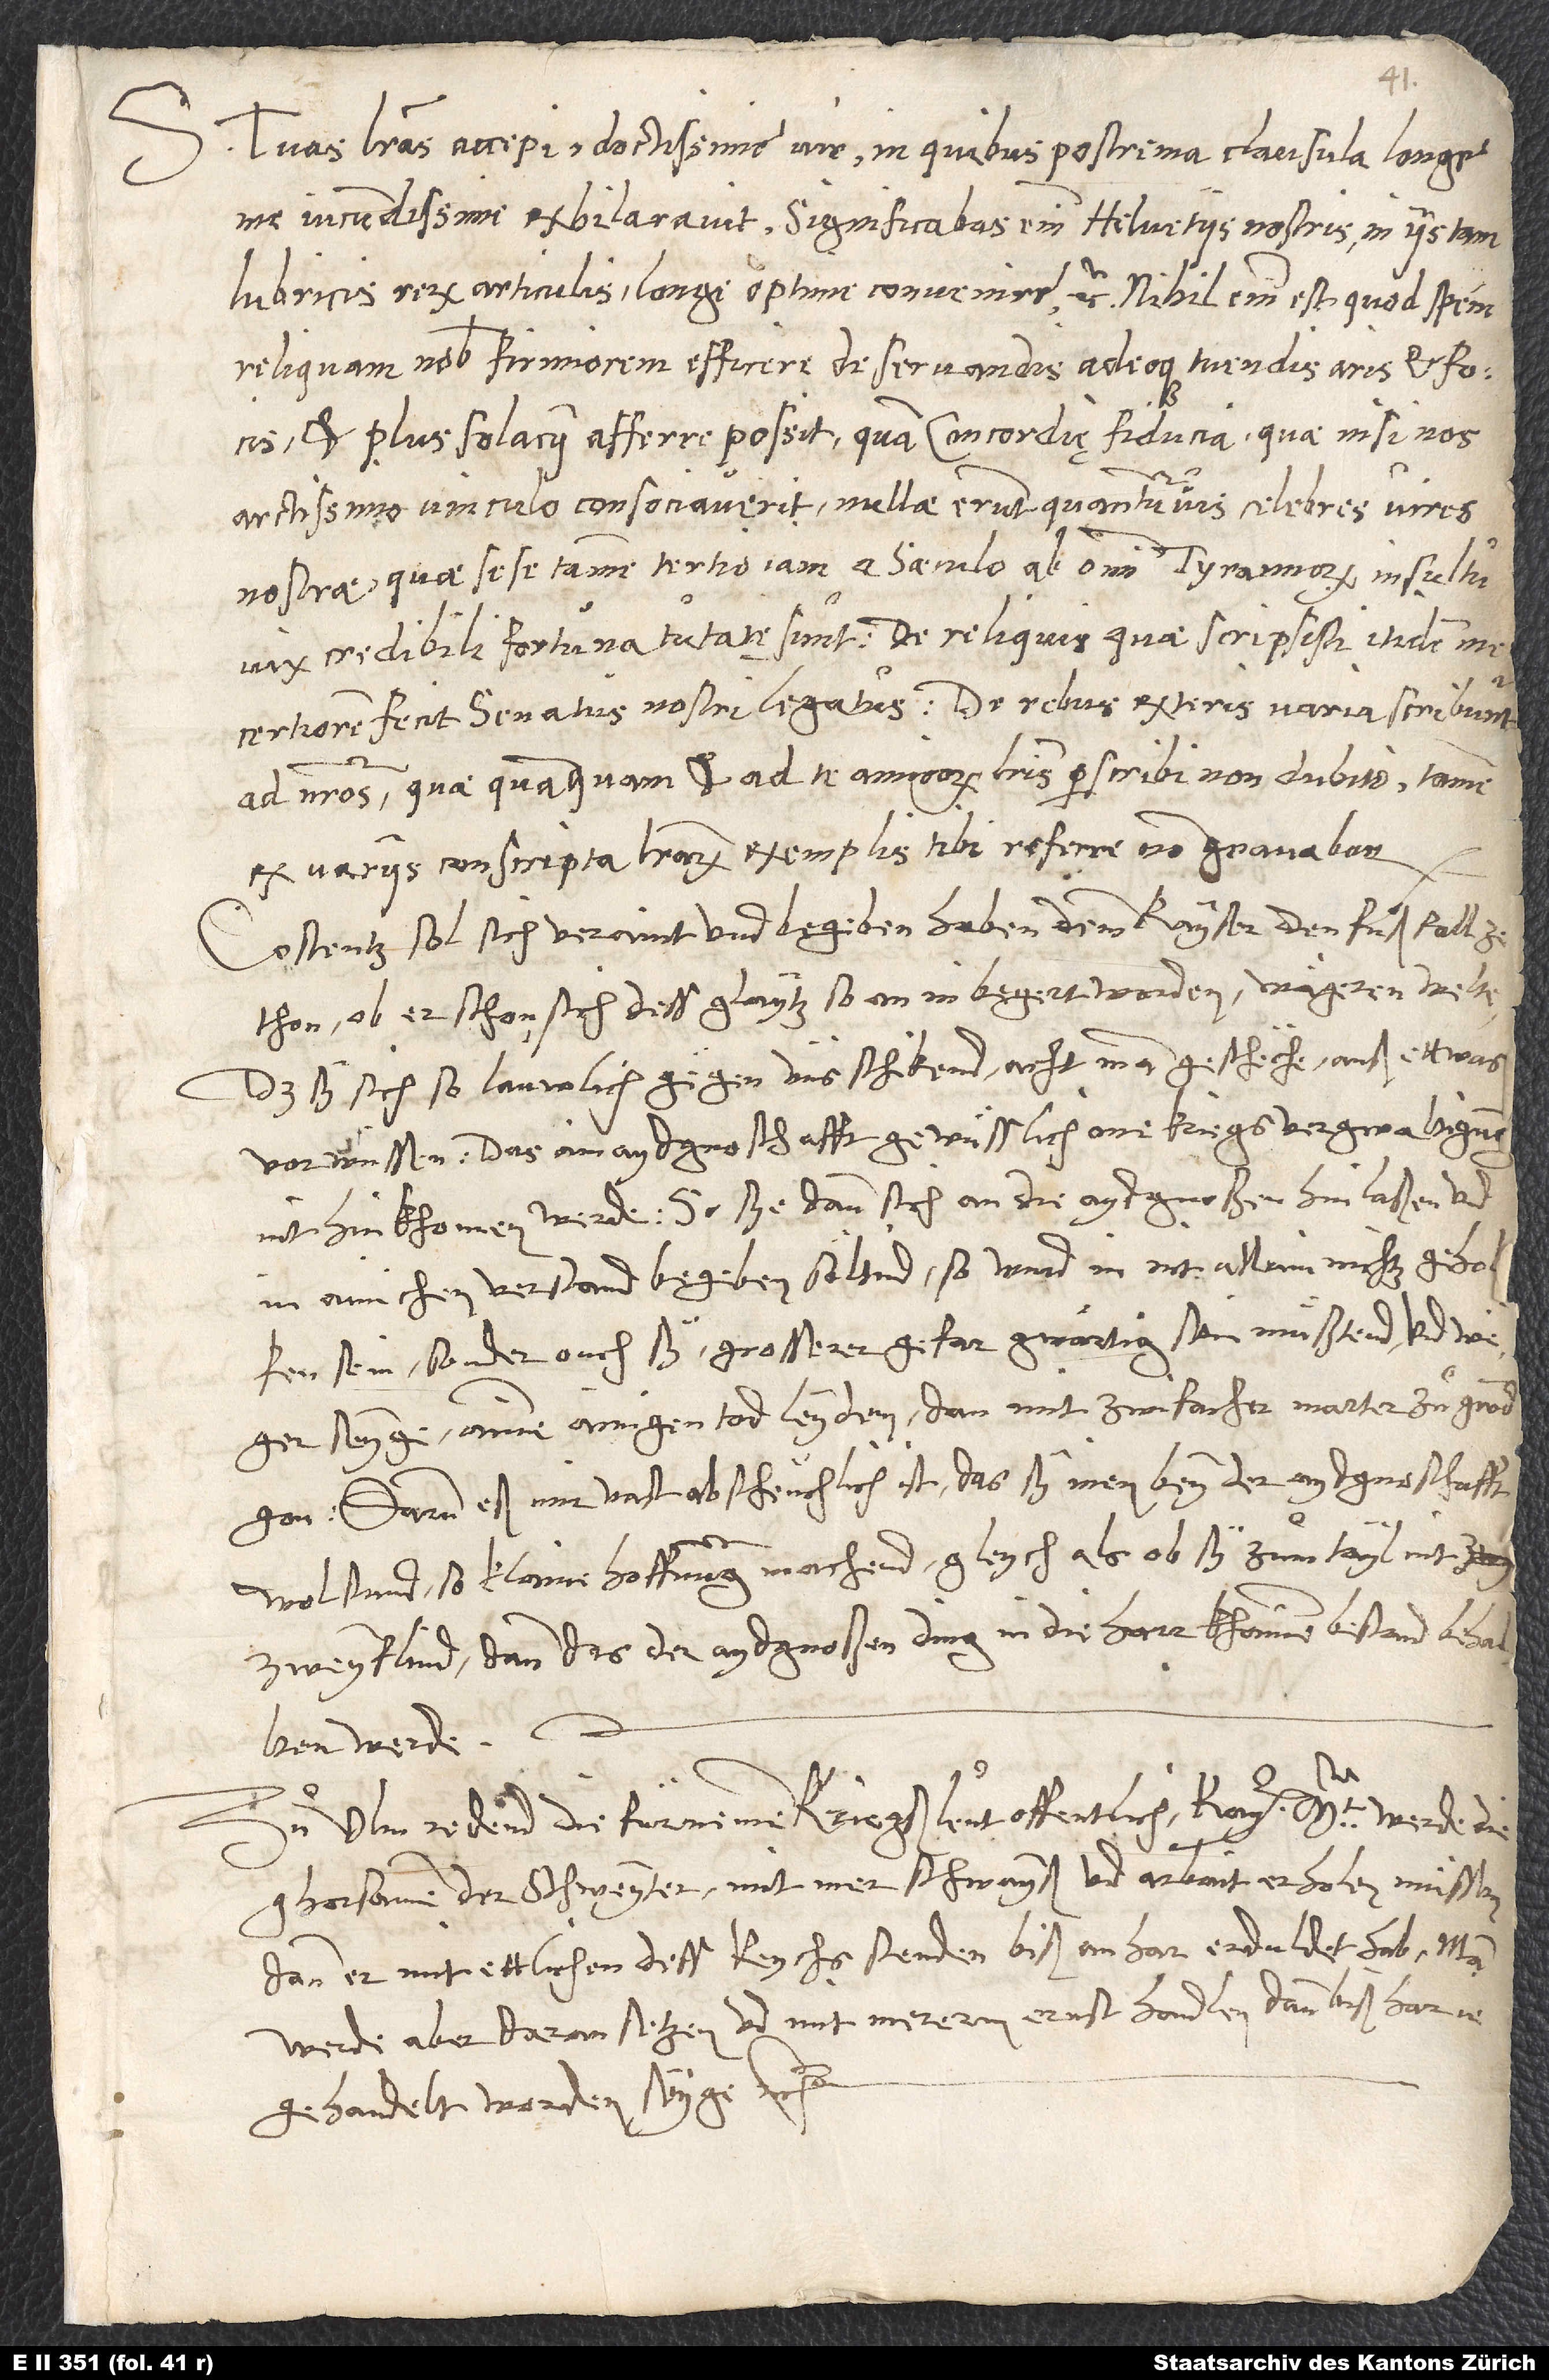
Tuas literas accepi, doctissime vir, in quibus postrema clausula longe
me iucundissime exhilaravit. Significabas enim Helvetiis nostris in iis tam
lubricis rerum articulis longe optime convenire, etc., nihil enim est, quod spem
reliquam nobis firmiorem efficere de servandis adeoque tuendis aris et focis,
et plus solacii afferre possit, quam concordię fiducia, quae nisi nos
arctissimo vinculo consociaverit, nullae erunt quantumvis celebres vires
nostrae, quae sese tamen tertio iam a saeculo ab omni tyrannorum insultu
certiorem fecit senatus nostri legatus. De rebus exteris varia scribuntur
ad nostros, quae, quanquam et ad te amicorum literis perscribi non dubito, tamen
ex variis conscripta literarum exemplis tibi referre non gravabor.
Costentz sol sich veraint und begeben haben, demm kayser den fuͦßfall ze
thon, ob er schon sich dess glaytz, so an in begert worden, wägeren welte.
Das sy sich so lauwlich gegen uns schikend, acht man, gescheche auß ettwas
vorwüssen, das ain aydgnoschafft gewüsslich one kniegsvergwaltigung
nit hinkhomen werde. So sye dann sich an die aydgnoßen hinlaßen und
in ainichen verstand begeben söltind, so wurd in nit allain nichtz geholfen
sein, sonder ouch sy grosserer gefar gwärtig sein muͤßtend, und weger
seyge ainen ainigen tod leyden, dan mit zwifacher marter zu grond
gon. Darum eß mir vast abscheuchlich ist, das sy inen bey der aydgnoschafft
wolstand so klaine hoffnung machend, gleych als ob sy zum tayl nit
zweyflind, dann das der aydgnoßen ding in die harr khainen bestand behalten
Zu Ulm redend die fürnemen kriegßleut offentlich, kay. mt. werde die
ghorsame der Schweytzer mit mer schwayß und arbait erholen muͤssen,
dann er mit ettlichen dess reychsstenden biß anhar erduldet hab. Man
werde aber daran setzen und mit mererm ernst handlen, dann bißhar je
gehandelt worden seyge, etc.